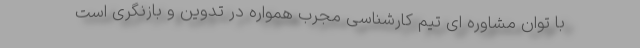
با توان مشاوره ای تیم کارشناسی مجرب همواره در تدوین و بازنگری است